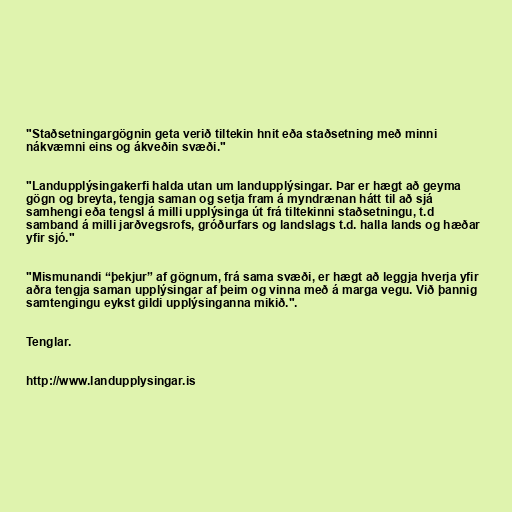
"Staðsetningargögnin geta verið tiltekin hnit eða staðsetning með minni
nákvæmni eins og ákveðin svæði."

"Landupplýsingakerfi halda utan um landupplýsingar. Þar er hægt að geyma
gögn og breyta, tengja saman og setja fram á myndrænan hátt til að sjá
samhengi eða tengsl á milli upplýsinga út frá tiltekinni staðsetningu, t.d
samband á milli jarðvegsrofs, gróðurfars og landslags t.d. halla lands og hæðar
yfir sjó."

"Mismunandi “þekjur” af gögnum, frá sama svæði, er hægt að leggja hverja yfir
aðra tengja saman upplýsingar af þeim og vinna með á marga vegu. Við þannig
samtengingu eykst gildi upplýsinganna mikið.".

Tenglar.

http://www.landupplysingar.is